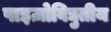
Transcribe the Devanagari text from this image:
पाइज़ोविद्युतीय